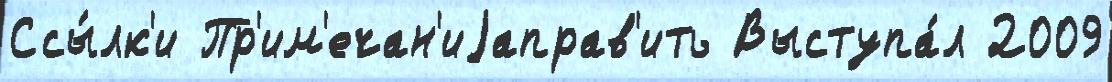
Ссы́лк'и Пр'им'ечан'иjаправ'ить Выступа́л 2009